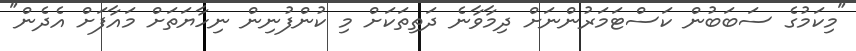
"މިކަމުގެ ސަބަބުން ކަސްޓަމަރުންނަށް ދިމާވާނެ ދަތިތަކަށް މި ކުންފުނިން ނިހާޔަތަށް މައާފަށް އެދެން"